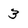
Character: 3